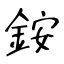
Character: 銨